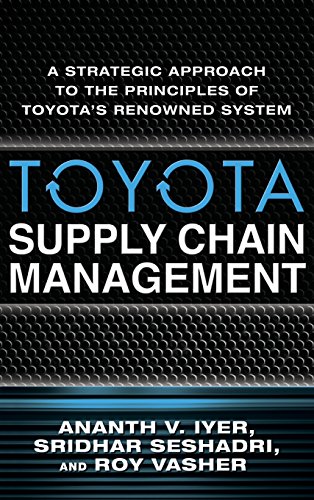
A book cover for Toyota Supply Chain Management: A Strategic Approach to Toyota's Renowned System; Ananth Iyer; Engineering & Transportation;